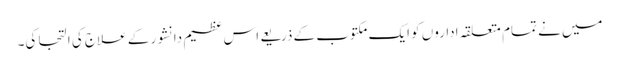
میں نے تمام متعلقہ اداروں کو ایک مکتوب کے ذریعے اس عظیم دانشور کے علاج کی التجا کی۔